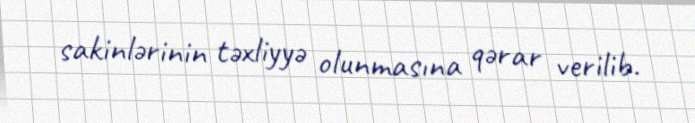
sakinlərinin təxliyyə olunmasına qərar verilib.